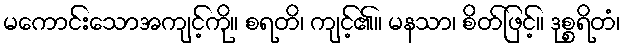
မကောင်းသောအကျင့်ကို။ စရတိ၊ ကျင့်၏။ မနသာ၊ စိတ်ဖြင့်။ ဒုစ္စရိတံ၊